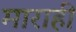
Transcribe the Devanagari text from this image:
माराही